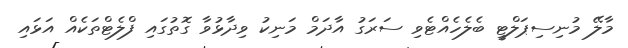
މާލޭ މުނިސިޕަލްޓީ ބެލެެހެއްޓެވި ސަރަގު އާދަމް މަނިކު ވިދާޅުވާ ގޮތުގައި ފްލެޓްތަކެއް އަޅައި